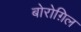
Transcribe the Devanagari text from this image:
बोरोग़िल